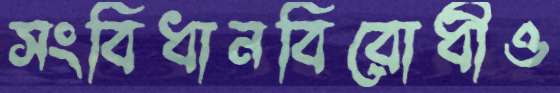
সংবিধানবিরোধীও